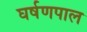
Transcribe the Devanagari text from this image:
घर्षणपाल